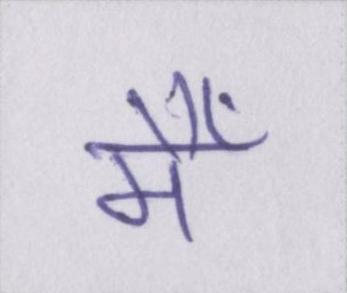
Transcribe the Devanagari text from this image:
मैँ